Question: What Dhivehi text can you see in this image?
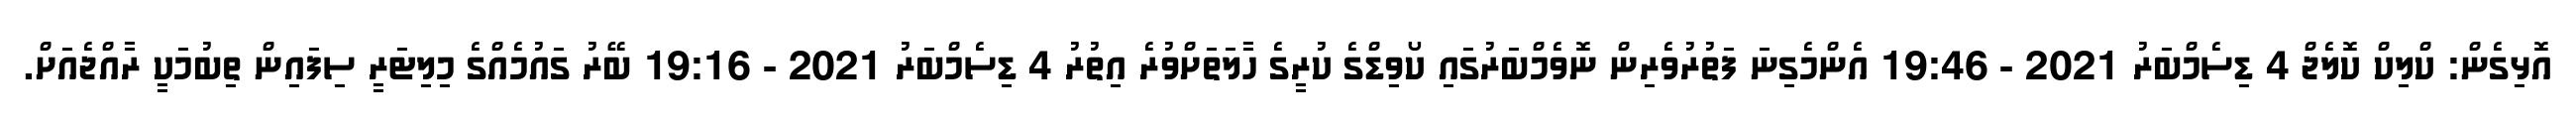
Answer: އޮޅިގެން: ކްލިކް ކޮލެޖް 4 ޑިސެމްބަރު 2021 - 19:46 އެންމެގިނަ ފަތުރުވެރިން ނޮވެމްބަރުގައި ކޯވިޑްގެ ކުރީގެ ހާލަތަށްވުރެ އިތުރު 4 ޑިސެމްބަރު 2021 - 19:16 ބޭރު ގައުމެއްގެ މިލިޓަރީ ސިފައިން ތިބުމަކީ ރާއްޖެއަށް.